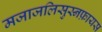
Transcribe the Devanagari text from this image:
मजाजलिसुस्नफ़ायस